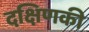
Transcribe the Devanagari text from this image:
दक्षिणकी